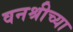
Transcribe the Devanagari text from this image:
वनश्रीच्या